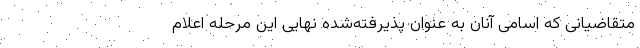
متقاضیانی که اسامی آنان به عنوان پذیرفته‌شده نهایی این مرحله اعلام